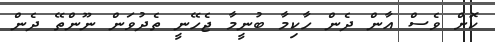
ކޮށް ވެސް އާން ދެން ހާކިމާ ބުނީމާ ޖެހޭނީ ތެދުވަން ނޫންތޭ ދެން